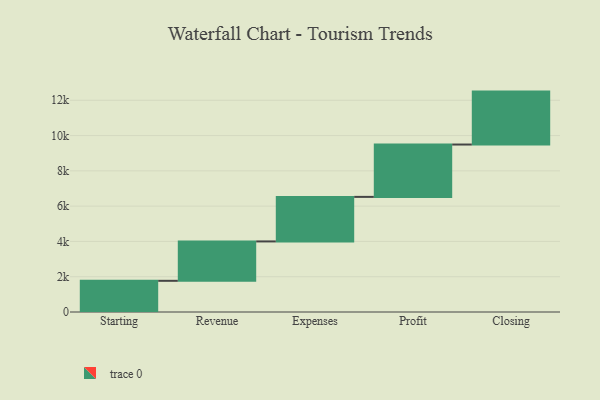
{"axis": {"x": "Step", "y": "Value"}, "legend": [""], "data": [{"x": "Starting", "y": 1768.0, "type": ""}, {"x": "Revenue", "y": 2232.0, "type": ""}, {"x": "Expenses", "y": 2525.0, "type": ""}, {"x": "Profit", "y": 2967.0, "type": ""}, {"x": "Closing", "y": 3000, "type": ""}]}